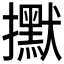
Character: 𢹇